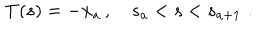
{ \bf T } ( s ) = - { \bf x } _ { a } \, , \quad s _ { a } < s < s _ { a + 1 } \, \, .